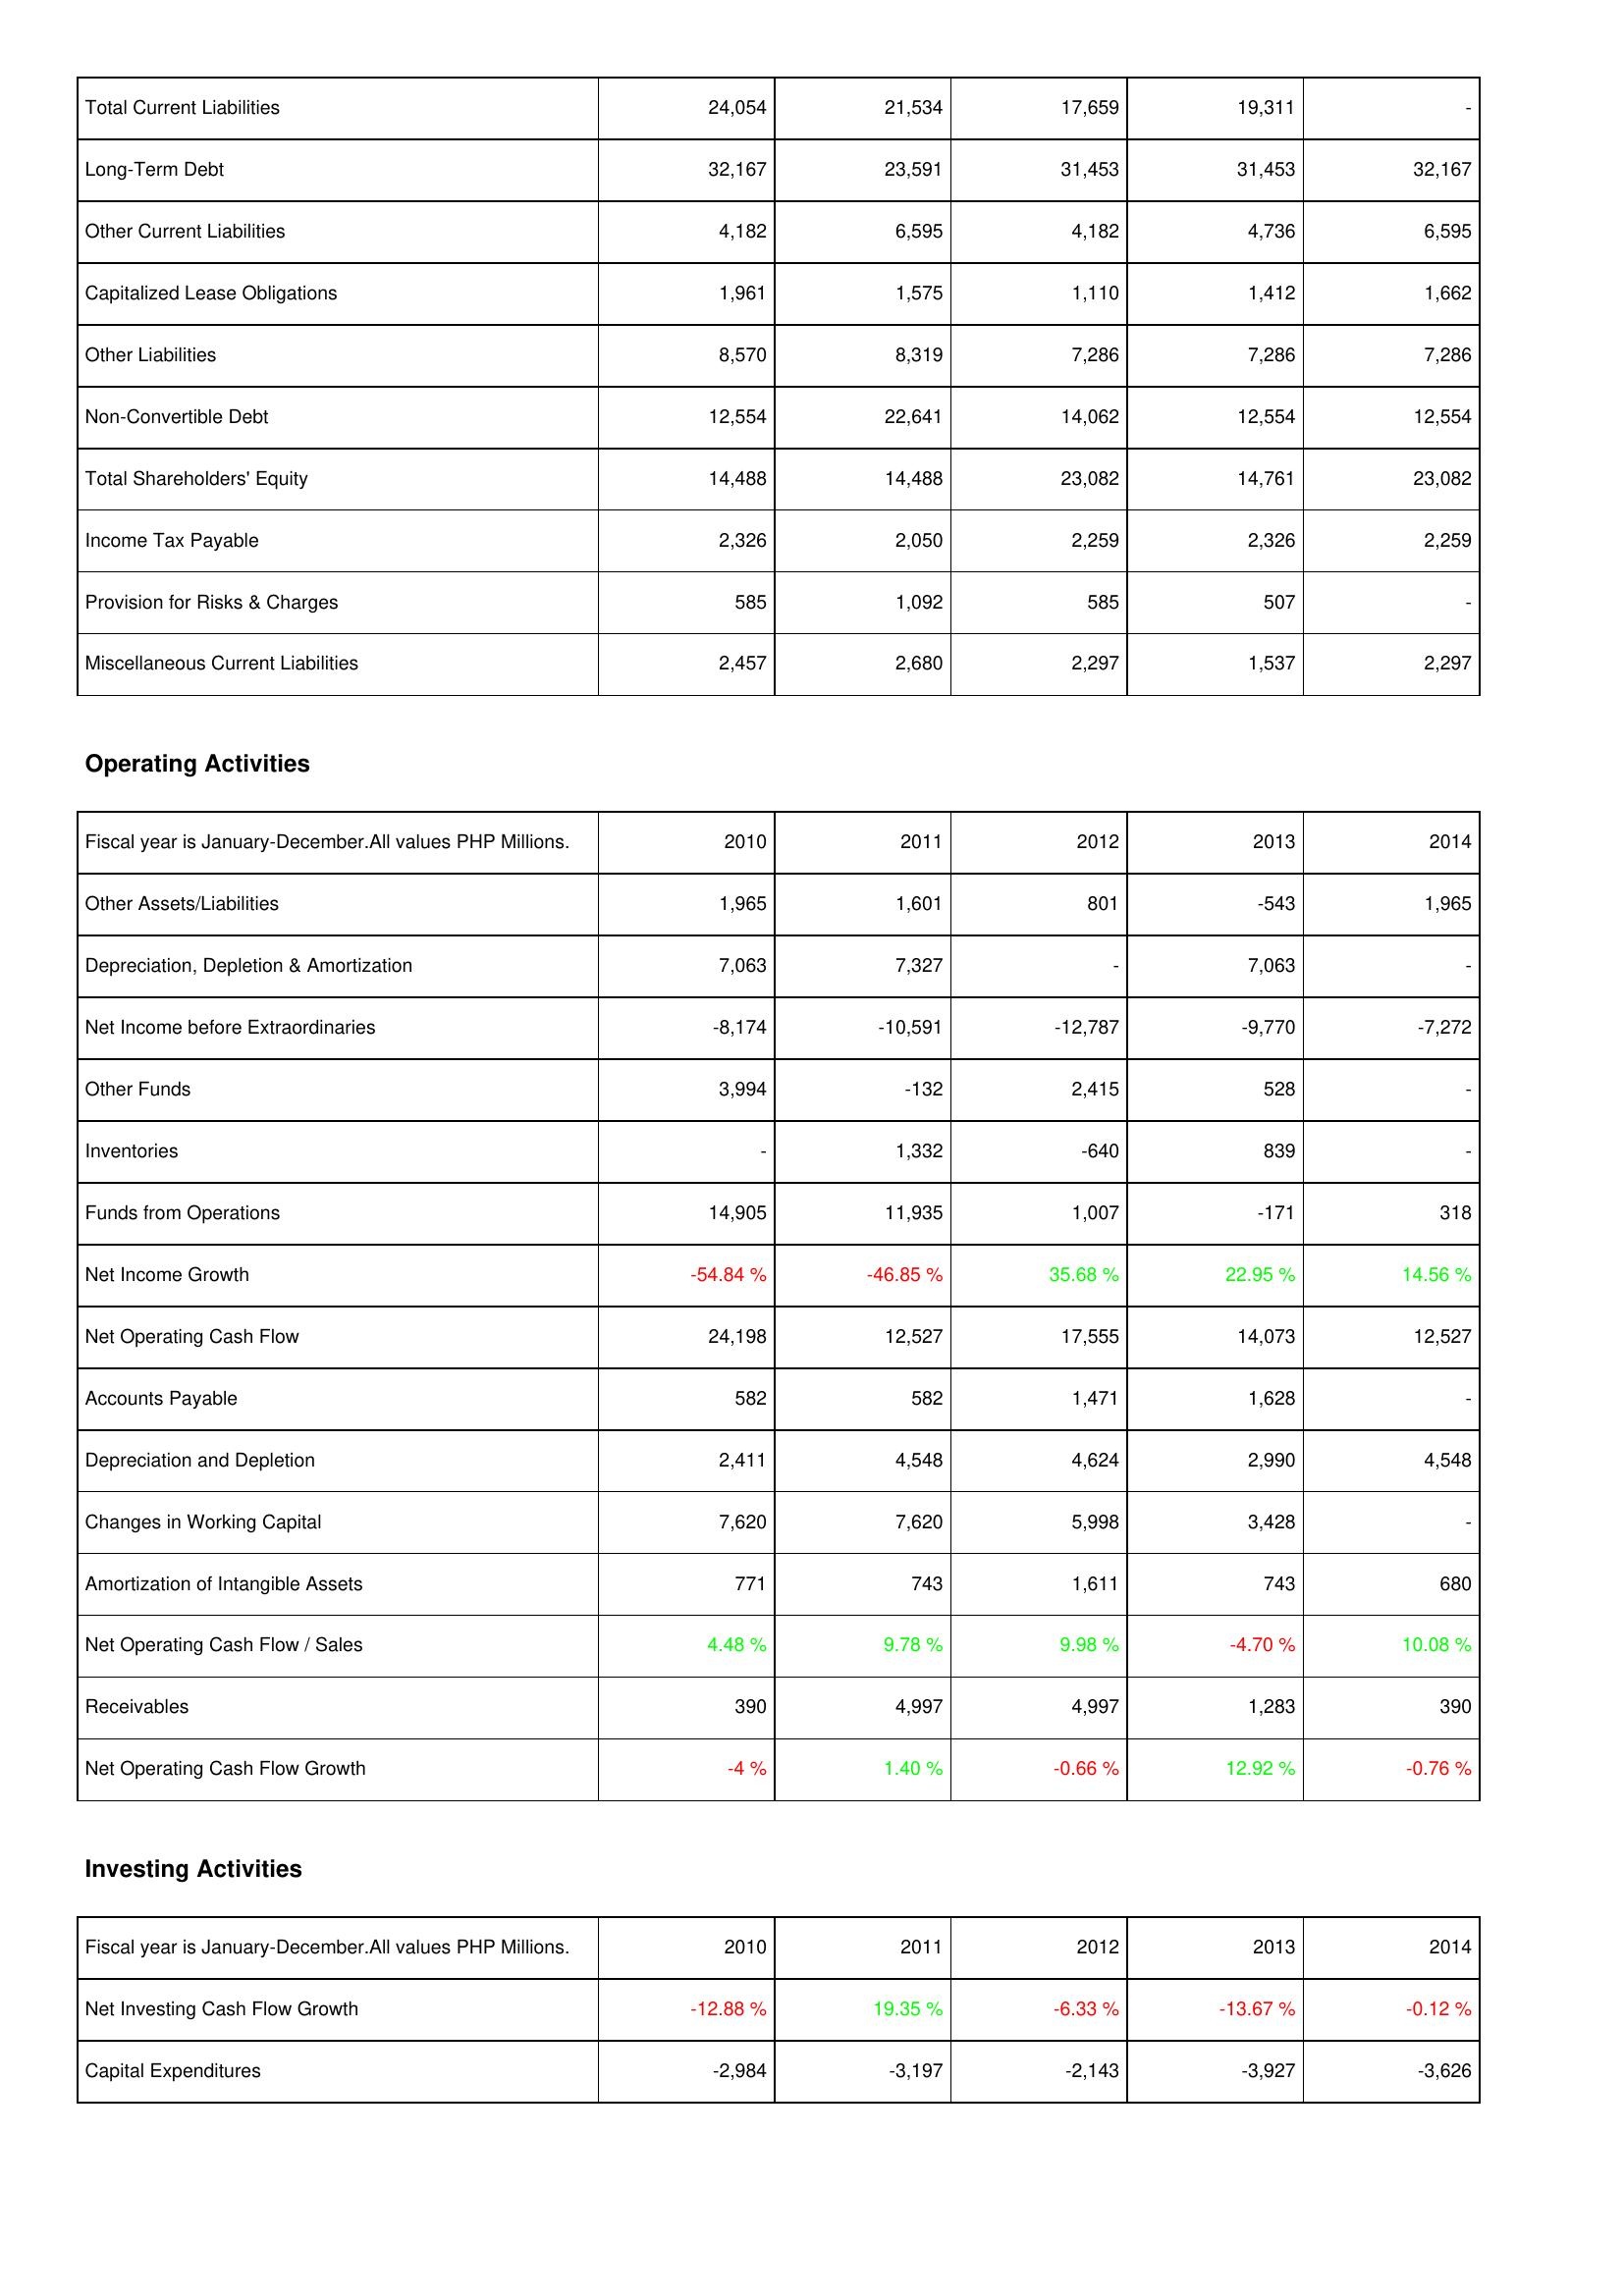
2010: Liabilities & Shareholders' Equity: Total Current Liabilities: 24,054
Long-Term Debt: 32,167
Other Current Liabilities: 4,182
Capitalized Lease Obligations: 1,961
Other Liabilities: 8,570
Non-Convertible Debt: 12,554
Total Shareholders' Equity: 14,488
Income Tax Payable: 2,326
Provision for Risks & Charges: 585
Miscellaneous Current Liabilities: 2,457
Operating Activities: Other Assets/Liabilities: 1,965
Depreciation, Depletion & Amortization: 7,063
Net Income before Extraordinaries: -8,174
Other Funds: 3,994
Inventories: -
Funds from Operations: 14,905
Net Income Growth: -54.84 %
Net Operating Cash Flow: 24,198
Accounts Payable: 582
Depreciation and Depletion: 2,411
Changes in Working Capital: 7,620
Amortization of Intangible Assets: 771
Net Operating Cash Flow / Sales: 4.48 %
Receivables: 390
Net Operating Cash Flow Growth: -4 %
Investing Activities: Net Investing Cash Flow Growth: -12.88 %
Capital Expenditures: -2,984
2011: Liabilities & Shareholders' Equity: Total Current Liabilities: 21,534
Long-Term Debt: 23,591
Other Current Liabilities: 6,595
Capitalized Lease Obligations: 1,575
Other Liabilities: 8,319
Non-Convertible Debt: 22,641
Total Shareholders' Equity: 14,488
Income Tax Payable: 2,050
Provision for Risks & Charges: 1,092
Miscellaneous Current Liabilities: 2,680
Operating Activities: Other Assets/Liabilities: 1,601
Depreciation, Depletion & Amortization: 7,327
Net Income before Extraordinaries: -10,591
Other Funds: -132
Inventories: 1,332
Funds from Operations: 11,935
Net Income Growth: -46.85 %
Net Operating Cash Flow: 12,527
Accounts Payable: 582
Depreciation and Depletion: 4,548
Changes in Working Capital: 7,620
Amortization of Intangible Assets: 743
Net Operating Cash Flow / Sales: 9.78 %
Receivables: 4,997
Net Operating Cash Flow Growth: 1.40 %
Investing Activities: Net Investing Cash Flow Growth: 19.35 %
Capital Expenditures: -3,197
2012: Liabilities & Shareholders' Equity: Total Current Liabilities: 17,659
Long-Term Debt: 31,453
Other Current Liabilities: 4,182
Capitalized Lease Obligations: 1,110
Other Liabilities: 7,286
Non-Convertible Debt: 14,062
Total Shareholders' Equity: 23,082
Income Tax Payable: 2,259
Provision for Risks & Charges: 585
Miscellaneous Current Liabilities: 2,297
Operating Activities: Other Assets/Liabilities: 801
Depreciation, Depletion & Amortization: -
Net Income before Extraordinaries: -12,787
Other Funds: 2,415
Inventories: -640
Funds from Operations: 1,007
Net Income Growth: 35.68 %
Net Operating Cash Flow: 17,555
Accounts Payable: 1,471
Depreciation and Depletion: 4,624
Changes in Working Capital: 5,998
Amortization of Intangible Assets: 1,611
Net Operating Cash Flow / Sales: 9.98 %
Receivables: 4,997
Net Operating Cash Flow Growth: -0.66 %
Investing Activities: Net Investing Cash Flow Growth: -6.33 %
Capital Expenditures: -2,143
2013: Liabilities & Shareholders' Equity: Total Current Liabilities: 19,311
Long-Term Debt: 31,453
Other Current Liabilities: 4,736
Capitalized Lease Obligations: 1,412
Other Liabilities: 7,286
Non-Convertible Debt: 12,554
Total Shareholders' Equity: 14,761
Income Tax Payable: 2,326
Provision for Risks & Charges: 507
Miscellaneous Current Liabilities: 1,537
Operating Activities: Other Assets/Liabilities: -543
Depreciation, Depletion & Amortization: 7,063
Net Income before Extraordinaries: -9,770
Other Funds: 528
Inventories: 839
Funds from Operations: -171
Net Income Growth: 22.95 %
Net Operating Cash Flow: 14,073
Accounts Payable: 1,628
Depreciation and Depletion: 2,990
Changes in Working Capital: 3,428
Amortization of Intangible Assets: 743
Net Operating Cash Flow / Sales: -4.70 %
Receivables: 1,283
Net Operating Cash Flow Growth: 12.92 %
Investing Activities: Net Investing Cash Flow Growth: -13.67 %
Capital Expenditures: -3,927
2014: Liabilities & Shareholders' Equity: Total Current Liabilities: -
Long-Term Debt: 32,167
Other Current Liabilities: 6,595
Capitalized Lease Obligations: 1,662
Other Liabilities: 7,286
Non-Convertible Debt: 12,554
Total Shareholders' Equity: 23,082
Income Tax Payable: 2,259
Provision for Risks & Charges: -
Miscellaneous Current Liabilities: 2,297
Operating Activities: Other Assets/Liabilities: 1,965
Depreciation, Depletion & Amortization: -
Net Income before Extraordinaries: -7,272
Other Funds: -
Inventories: -
Funds from Operations: 318
Net Income Growth: 14.56 %
Net Operating Cash Flow: 12,527
Accounts Payable: -
Depreciation and Depletion: 4,548
Changes in Working Capital: -
Amortization of Intangible Assets: 680
Net Operating Cash Flow / Sales: 10.08 %
Receivables: 390
Net Operating Cash Flow Growth: -0.76 %
Investing Activities: Net Investing Cash Flow Growth: -0.12 %
Capital Expenditures: -3,626